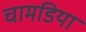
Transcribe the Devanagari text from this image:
चामडिया